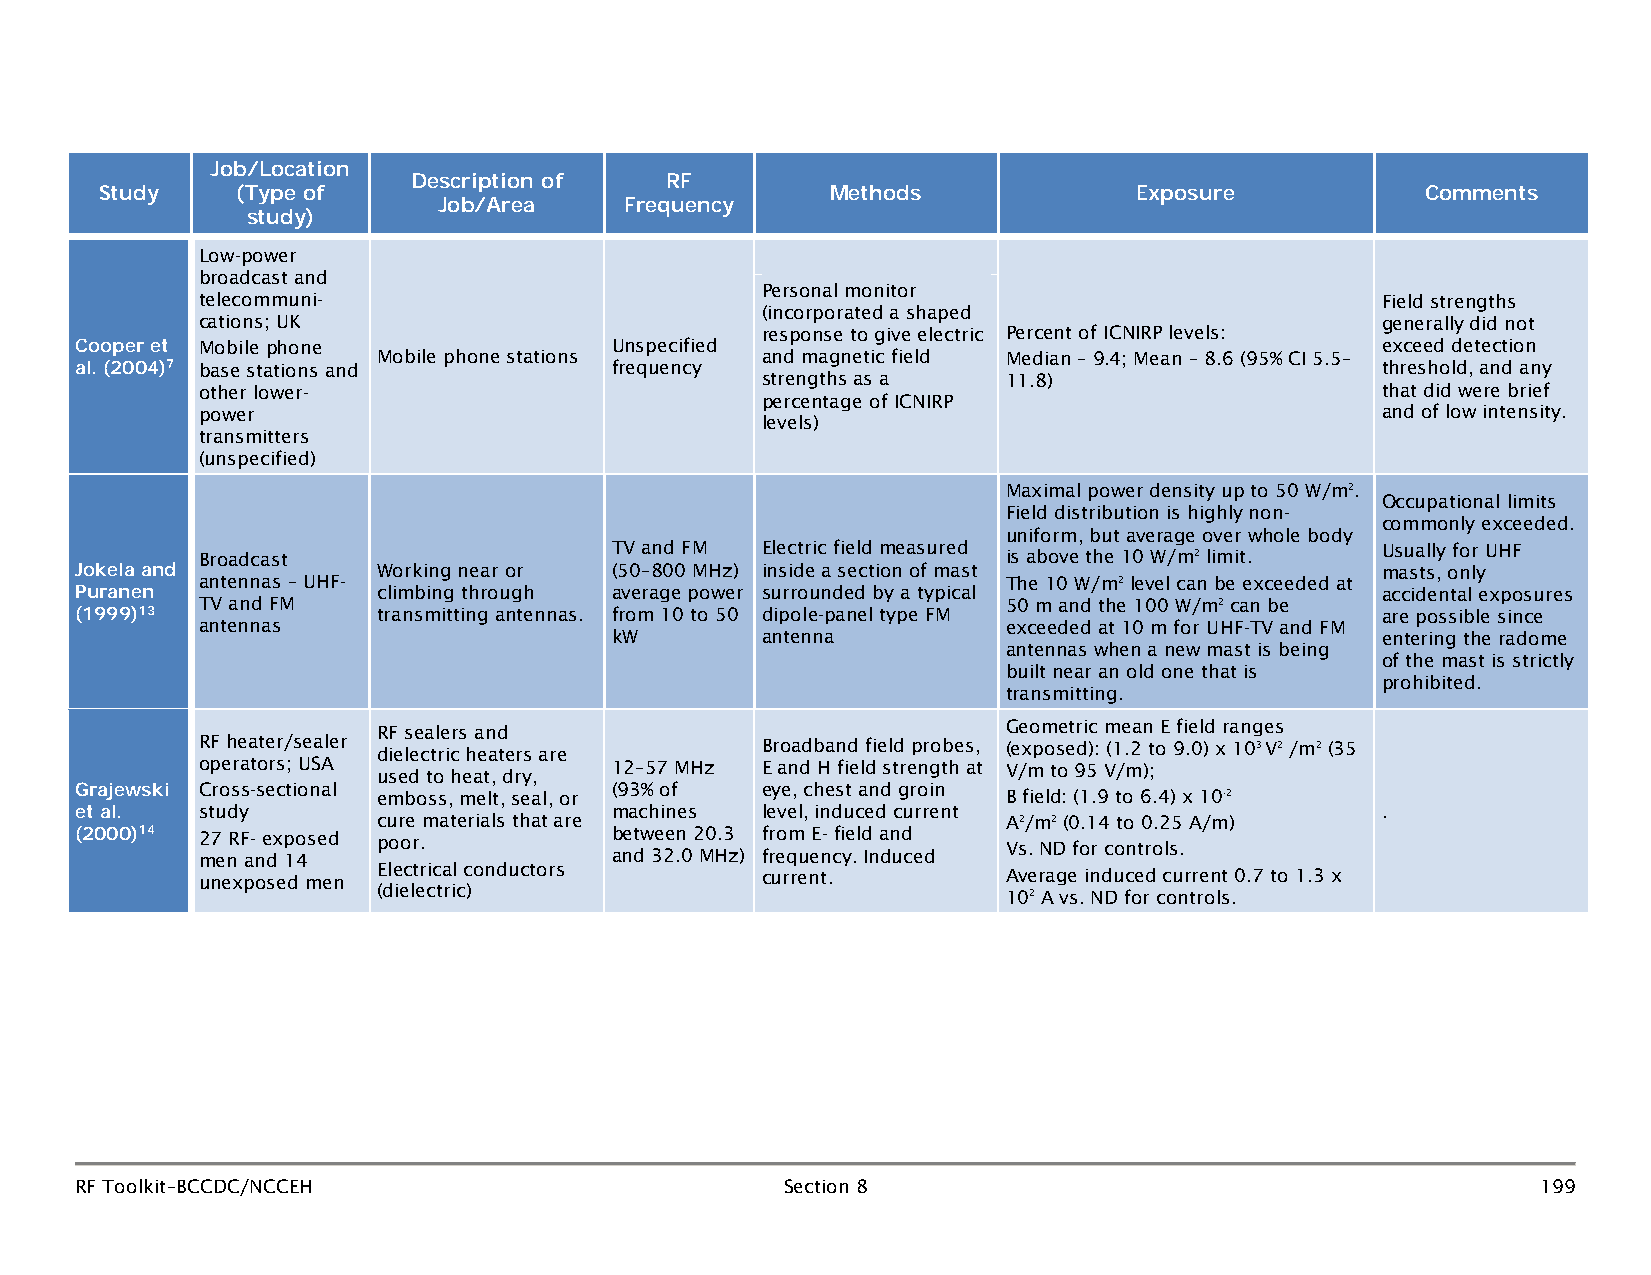
Job/Location
 Description of   RF
 Study    (Type of                               Methods             Exposure           Comments
 Job/Area    Frequency
 study)
 Low-power
 broadcast and
 Personal monitor
 telecommuni-                                                                  Field strengths
 (incorporated a shaped
 cations; UK                                                                   generally did not
 response to give electric Percent of ICNIRP levels:
 Mobile phone               Unspecified                                        exceed detection
 Cooper et           Mobile phone stations    and magnetic field Median – 9.4; Mean – 8.6 (95% CI 5.5–
 al. (2004)7 base stations and      frequency strengths as a   11.8)                   threshold, and any
 other lower-                                                                  that did were brief
 percentage of ICNIRP
 power                                                                         and of low intensity.
 levels)
 transmitters
 (unspecified)
 Maximal power density up to 50 W/m2.
 Occupational limits
 Field distribution is highly non-
 commonly exceeded.
 uniform, but average over whole body
 TV and FM Electric field measured                  Usually for UHF
 Broadcast                                             is above the 10 W/m2 limit.
 Working near or (50–800 MHz) inside a section of mast             masts, only
 Jokela and antennas – UHF-                                    The 10 W/m2 level can be exceeded at
 climbing through average power surrounded by a typical            accidental exposures
 Puranen TV and FM                                             50 m and the 100 W/m2 can be
 (1999)13 antennas   transmitting antennas. from 10 to 50 dipole-panel type FM exceeded at 10 m for UHF-TV and FM are possible since
 kW        antenna                                  entering the radome
 antennas when a new mast is being
 of the mast is strictly
 built near an old one that is
 prohibited.
 transmitting.
 RF sealers and                            Geometric mean E field ranges
 RF heater/sealer dielectric heaters are Broadband field probes, (exposed): (1.2 to 9.0) x 103 V2 /m2 (35
 operators; USA             12–57 MHz E and H field strength at V/m to 95 V/m);
 used to heat, dry,
 Cross-sectional            (93% of   eye, chest and groin
 Grajewski           emboss, melt, seal, or                    B field: (1.9 to 6.4) x 10-2
 study                      machines  level, induced current                   .
 et al.              cure materials that are                   A2/m2 (0.14 to 0.25 A/m)
 (2000)14 27 RF- exposed poor.      between 20.3 from E- field and Vs. ND for controls.
 men and 14                 and 32.0 MHz) frequency. Induced
 unexposed men Electrical conductors  current.         Average induced current 0.7 to 1.3 x
 (dielectric)                              102 A vs. ND for controls.
 RF Toolkit–BCCDC/NCCEH                         Section 8                                         199